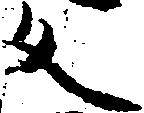
反